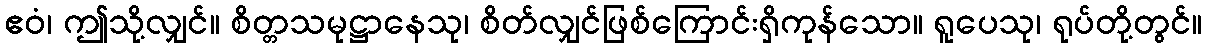
ဧဝံ၊ ဤသို့လျှင်။ စိတ္တသမုဋ္ဌာနေသု၊ စိတ်လျှင်ဖြစ်ကြောင်းရှိကုန်သော။ ရူပေသု၊ ရုပ်တို့တွင်။